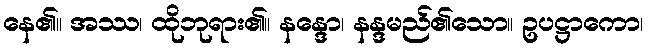
နေ၏။ အဿ၊ ထိုဘုရား၏။ နန္ဒော၊ နန္ဒမည်၏သော။ ဥပဋ္ဌာကော၊